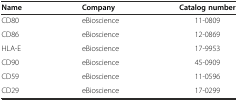
<table><thead><tr><td><b>Name</b></td><td><b>Company</b></td><td><b>Catalog number</b></td></tr></thead><tbody><tr><td>CD80</td><td>eBioscience</td><td>11-0809</td></tr><tr><td>CD86</td><td>eBioscience</td><td>12-0869</td></tr><tr><td>HLA-E</td><td>eBioscience</td><td>17-9953</td></tr><tr><td>CD90</td><td>eBioscience</td><td>45-0909</td></tr><tr><td>CD59</td><td>eBioscience</td><td>11-0596</td></tr><tr><td>CD29</td><td>eBioscience</td><td>17-0299</td></tr></tbody></table>